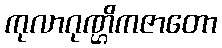
ကုလာဂုဏ္ဌိကဇာတော